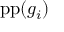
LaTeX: \operatorname { p p } ( g _ { i } )